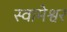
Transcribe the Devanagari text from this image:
स्वामेश्वर